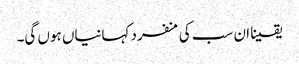
یقینا ان سب کی منفرد کہانیاں ہوں گی۔